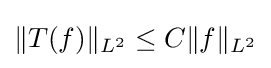
\|T(f)\|_{L^{2}}\leq C\|f\|_{L^{2}}